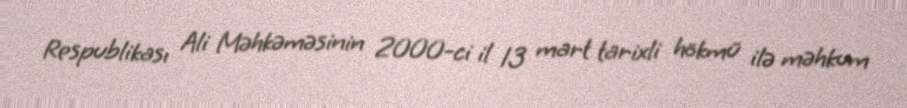
Respublikası Ali Məhkəməsinin 2000-ci il 13 mart tarixli hökmü ilə məhkum